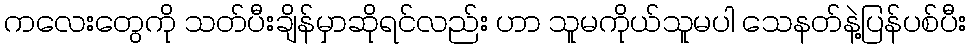
ကလေးတွေကို သတ်ပီးချိန်မှာဆိုရင်လည်း ဟာ သူမကိုယ်သူမပါ သေနတ်နဲ့ပြန်ပစ်ပီး